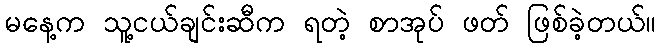
မနေ့က သူ့ငယ်ချင်းဆီက ရတဲ့ စာအုပ် ဖတ် ဖြစ်ခဲ့တယ်။